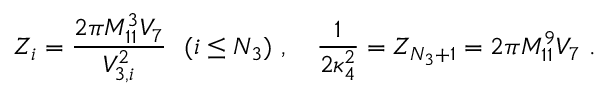
Z _ { i } = \frac { 2 \pi M _ { 1 1 } ^ { 3 } V _ { 7 } } { V _ { 3 , i } ^ { 2 } } \ \ ( i \leq N _ { 3 } ) \ , \quad \frac { 1 } { 2 \kappa _ { 4 } ^ { 2 } } = Z _ { N _ { 3 } + 1 } = { 2 \pi M _ { 1 1 } ^ { 9 } V _ { 7 } } \ .